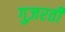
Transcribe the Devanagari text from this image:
गुज़रतीं